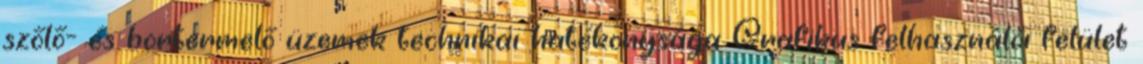
szőlő- és bortermelő üzemek technikai hatékonysága Grafikus felhasználói felület